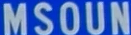
MSOUN